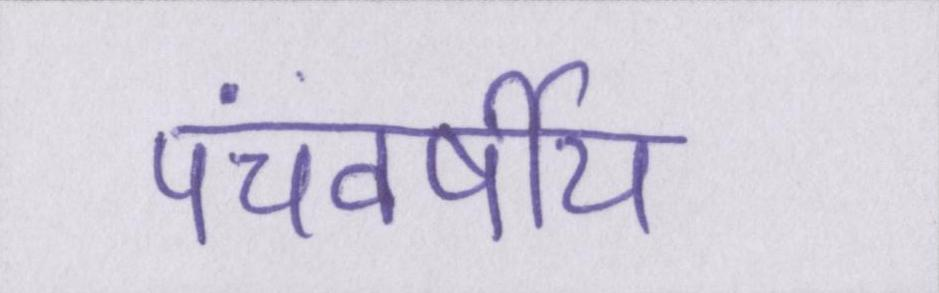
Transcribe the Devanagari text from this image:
पंचवर्षीय